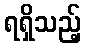
ရရှိသည့်